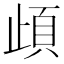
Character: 頉